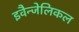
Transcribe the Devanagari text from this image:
इवैन्जेलिकल